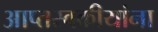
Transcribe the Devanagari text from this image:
आप्तस्वकीयांना